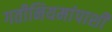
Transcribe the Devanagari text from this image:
गतीनियमांपाशी